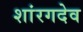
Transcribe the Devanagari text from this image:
शांरगदेव